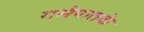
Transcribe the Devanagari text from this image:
गर्भपातके